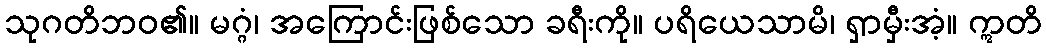
သုဂတိဘဝ၏။ မဂ္ဂံ၊ အကြောင်းဖြစ်သော ခရီးကို။ ပရိယေသာမိ၊ ရှာမှီးအံ့။ ဣတိ